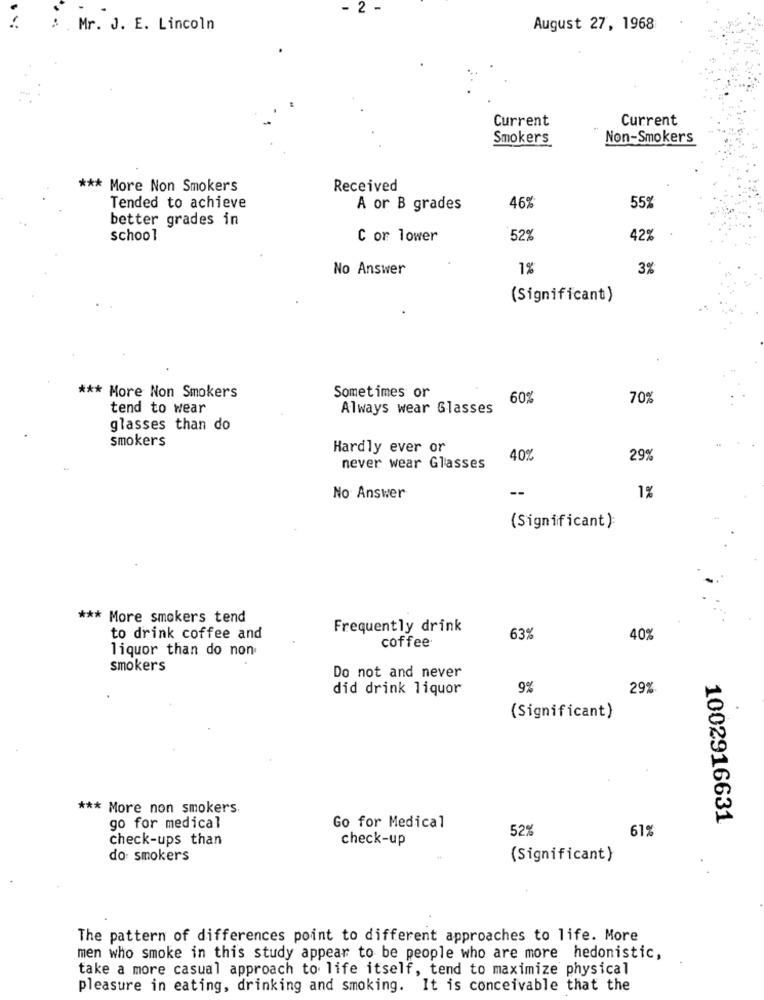
- 2 -
: . Mr. J. E. Lincoln
August 27, 1968
Current
Current
Smokers
Non-Smokers
*** More Non Smokers
Received
Tended to achieve
A or B grades
46%
55%
better grades in
school
C or lower
52%
42%
No Answer
1%
3%
(Significant)
Sometimes or
*** More Non Smokers
60%
70%
tend to wear
Always wear Glasses
glasses than do
smokers
Hardly ever or
40%
29%
never wear Glasses
--
No Answer
1%
(Significant):
*** More smokers tend
Frequently drink
to drink coffee and
63%
40%
liquor than do non
coffee
smokers
Do not and never
did drink liquor
9%
29%
(Significant)
*** More non smokers.
1002916631
go for medical
Go for Medical
52%
61%
check-ups than
check-up
do smokers
(Significant)
The pattern of differences point to different approaches to life. More
men who smoke in this study appear to be people who are more hedonistic,
take a more casual approach to life itself, tend to maximize physical
pleasure in eating, drinking and smoking. It is conceivable that the